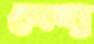
লেহ্য